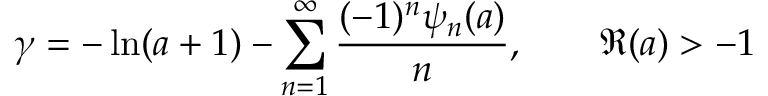
\gamma = - \ln ( a + 1 ) - \sum _ { n = 1 } ^ { \infty } { \frac { ( - 1 ) ^ { n } \psi _ { n } ( a ) } { n } } , \qquad \Re ( a ) > - 1